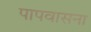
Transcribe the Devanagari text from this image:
पापवासना